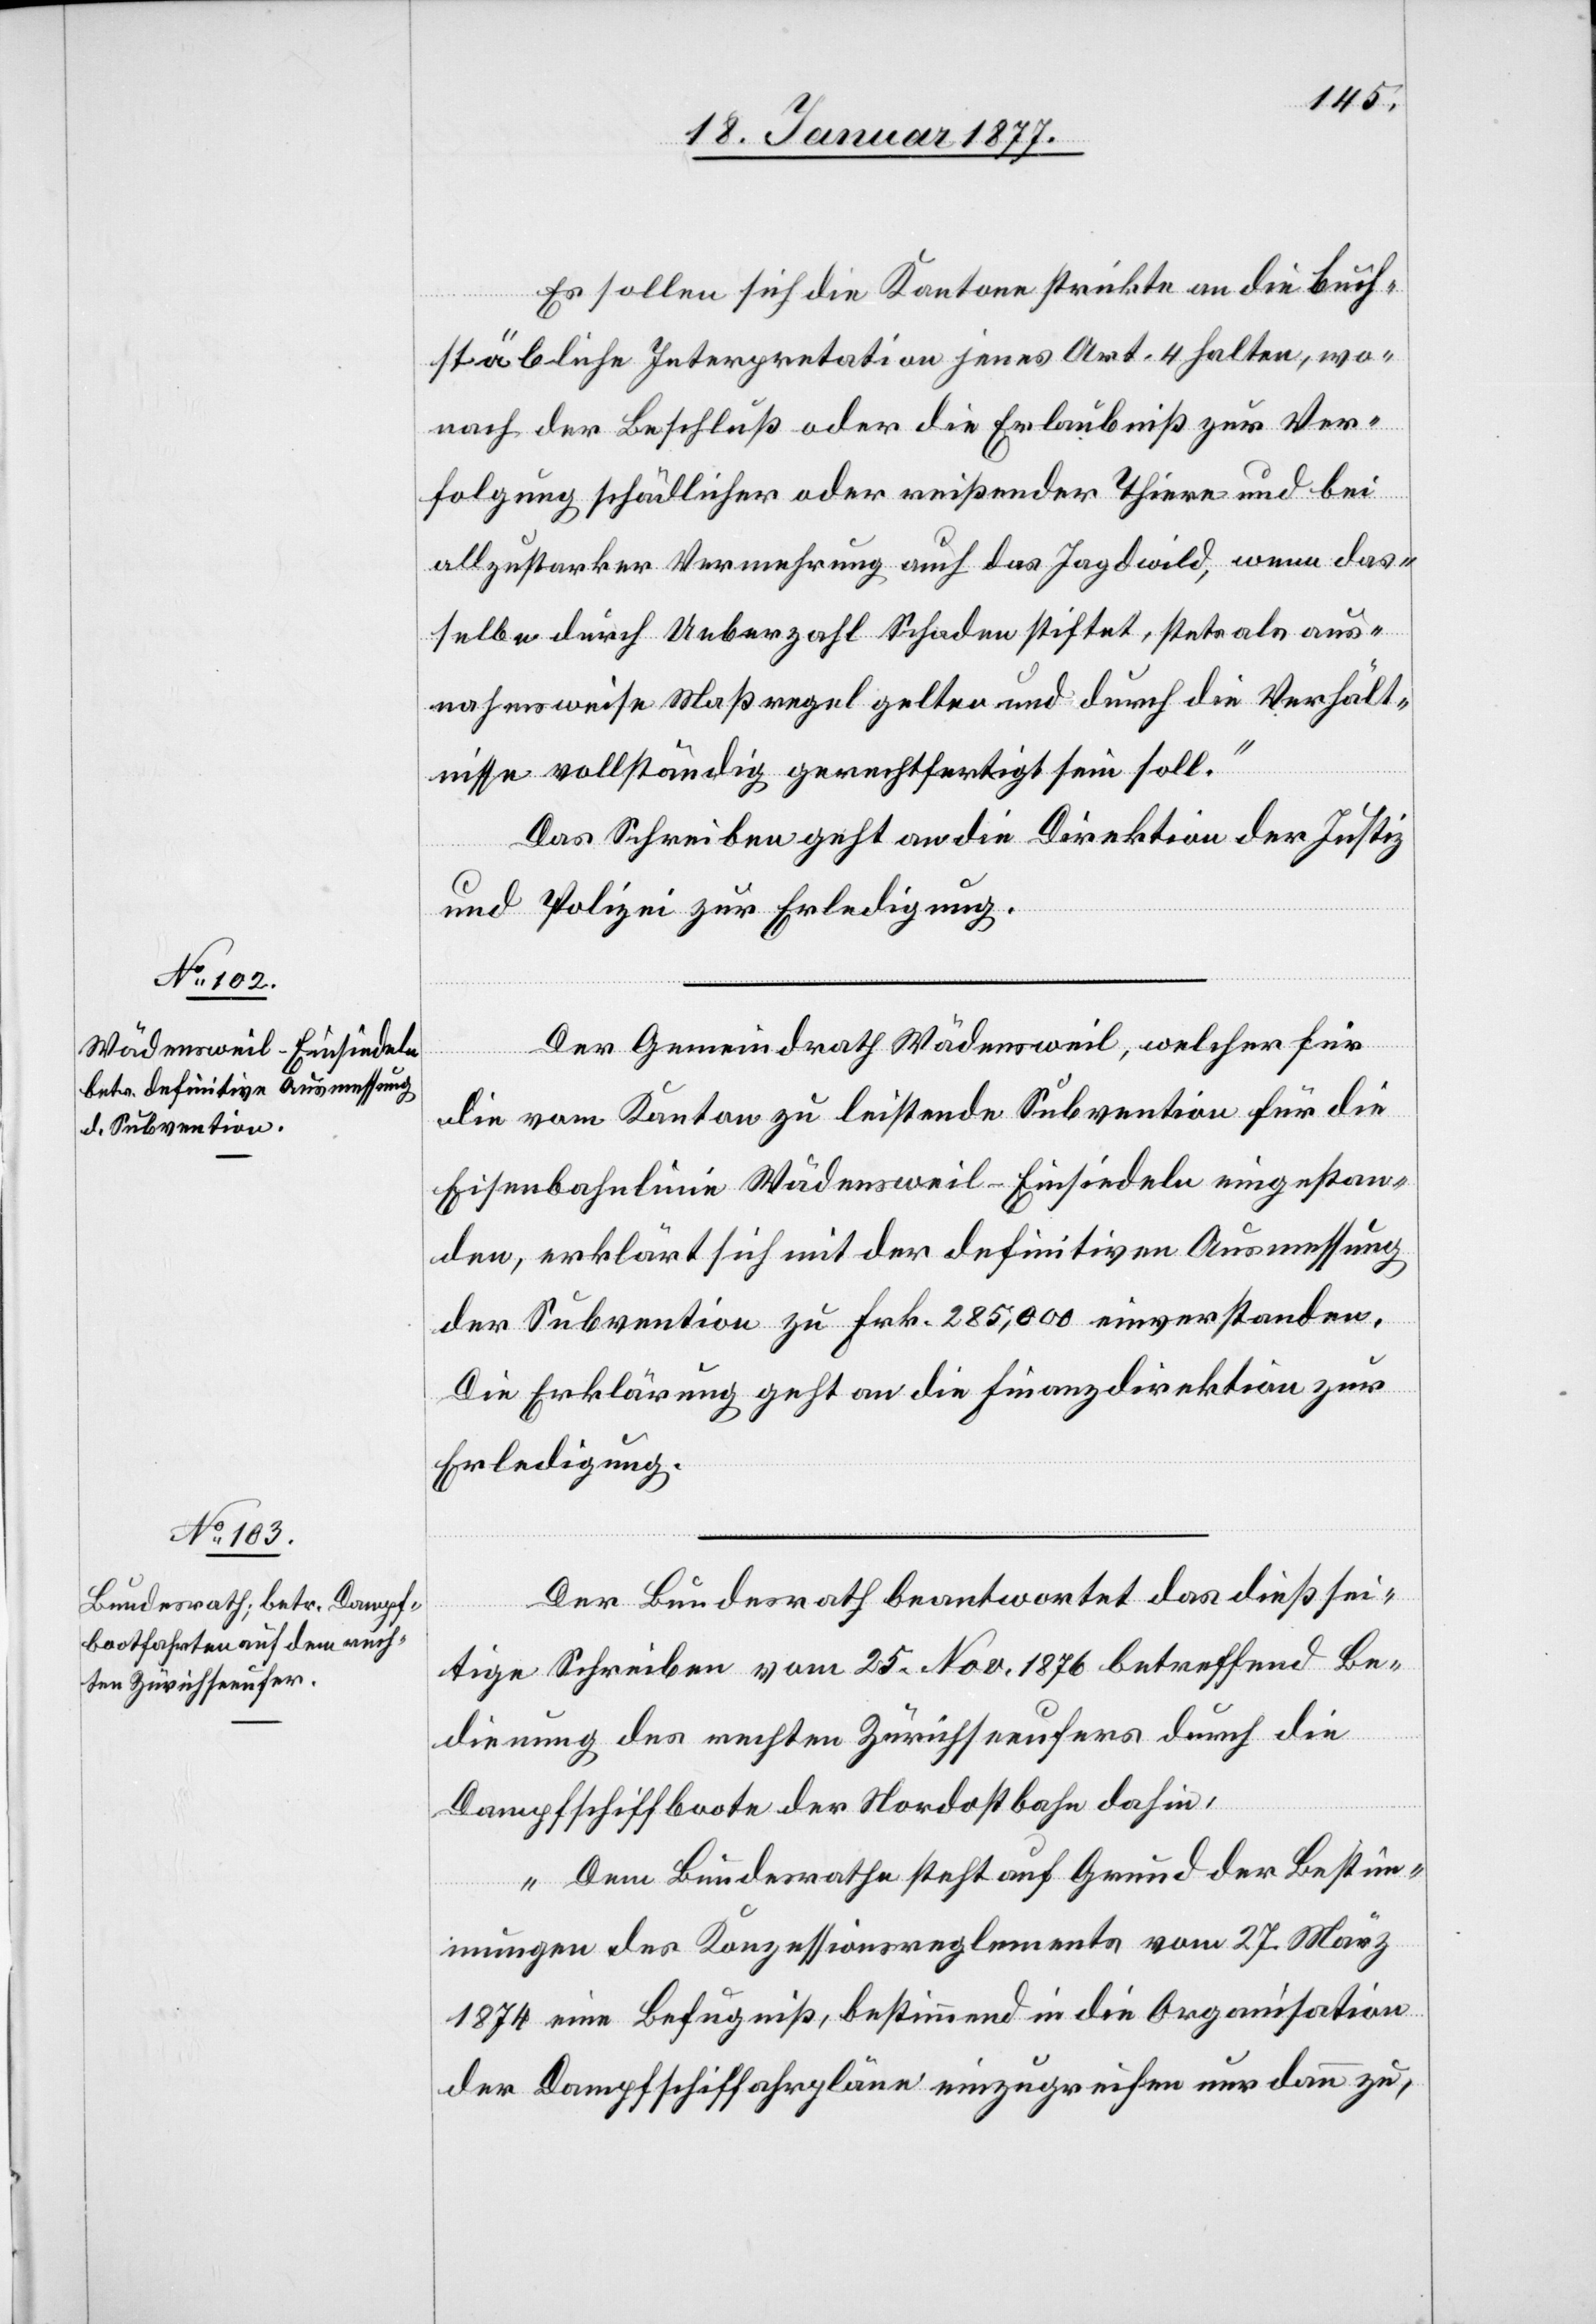
Es sollen sich die Kantone strikte an die buch¬
stäbliche Interpretation jenes Art. 4 halten, wo¬
nach der Beschluß oder die Erlaubniß zur Ver¬
folgung schädlicher oder reißender Thiere und bei
allzustarker Vermehrung auch das Jagdwild, wenn das¬
selbe durch Ueberzahl Schaden stiftet, stets als aus¬
nahmsweise Maßregel gelten und durch die Verhält¬
nisse vollständig gerechtfertigt sein soll.“
Das Schreiben geht an die Direktion der Justiz
und Polizei zur Erledigung.
Der Gemeindrath Wädensweil, welcher für
die vom Kanton zu leistende Subvention für die
Eisenbahnlinie Wädensweil–Einsiedeln eingestan¬
den, erklärt sich mit der definitiven Ausmessung
der Subvention zu Frk. 285,000 einverstanden.
Die Erklärung geht an die Finanzdirektion zur
Erledigung.
Der Bundesrath beantwortet das dießsei¬
tige Schreiben vom 25. Nov. 1876 betreffend Be¬
dienung des rechten Zürichseeufers durch die
Dampfschiffboote der Nordostbahn dahin:
„Dem Bundesrathe steht auf Grund der Bestim¬
mungen des Konzessionsreglements vom 27. März
1874 eine Befugniß, bestimmend in die Organisation
der Dampfschiffahrpläne einzugreifen nur dann zu,